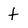
Character: t